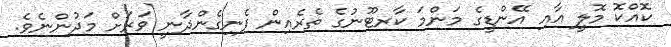
ކޮއްކޮ މޮލީ އާއި އޭންޑީގެ މަންމަ ކާރޓޫނުގެ ތެރެއިން ފެނިގެންދާނީ ވަރަށް މަދުންނެވެ.